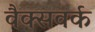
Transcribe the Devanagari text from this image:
वैक्सवर्क